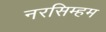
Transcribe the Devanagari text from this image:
नरसिम्हम